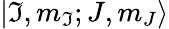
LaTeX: \lvert\mathfrak{I},m_{\mathfrak{I}};J,m_{J}\rangle